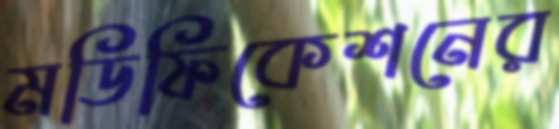
মডিফিকেশনের